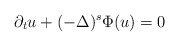
\begin{align*}\partial_t u +(-\Delta)^{s}\Phi(u)=0\end{align*}